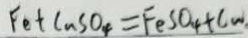
F e + C u S O _ { 4 } = F e S O _ { 4 } + C u